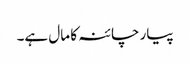
پیار چائنہ کا مال ہے۔